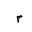
Letter: _mim